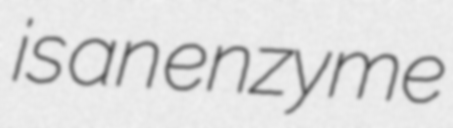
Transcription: is an enzyme